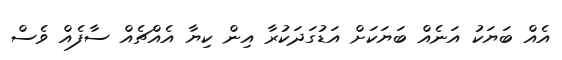
އެއް ބަޔަކު އަނެއް ބަޔަކަށް އަޑުގަދަކުރާ އިން ކިޔާ އެއްޗެއް ސާފެއް ވެސް